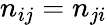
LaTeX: n_{ij}=n_{ji}